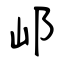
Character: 邖